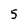
Character: 5